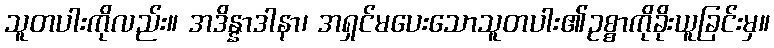
သူတပါးကိုလည်း။ အဒိန္နာဒါနာ၊ အရှင်မပေးသောသူတပါး၏ဥစ္စာကိုခိုးယူခြင်းမှ။